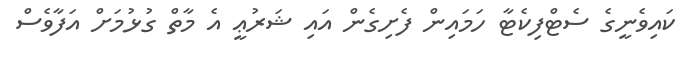
ކައިވެނީގެ ސެޓްފިކެޓާ ހަމައިން ފެށިގެން އައި ޝަރުޢީ އެ މާތް ގުޅުމަށް އަފާވެސް